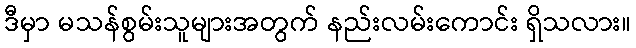
ဒီမှာ မသန်စွမ်းသူများအတွက် နည်းလမ်းကောင်း ရှိသလား။